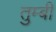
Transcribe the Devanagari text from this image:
तुम्बी